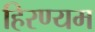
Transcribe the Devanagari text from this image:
हिरण्यम